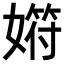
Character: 𡠞